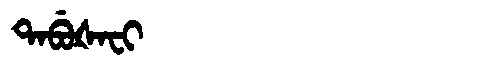
Manchu: ᡨᠠᠪᡠᡧᠠᠸᡳ
Romanization: TABUŠAFI